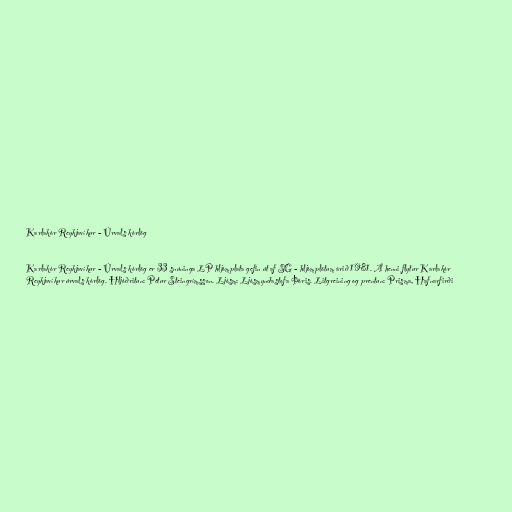
Karlakór Reykjavíkur - Úrvals kórlög

Karlakór Reykjavíkur - Úrvals kórlög er 33 snúninga LP hljómplata gefin út af SG - hljómplötum árið 1981. Á henni flytur Karlakór
Reykjavíkur úrvals kórlög. Hljóðritun: Pétur Steingrímsson. Ljósm: Ljósmyndastofa Þóris. Litgreining og prentun: Prisma, Hafnarfirði